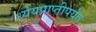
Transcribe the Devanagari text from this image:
ध्येयप्राप्तीपर्यंत